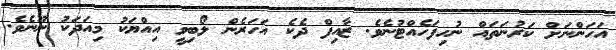
އަހަންނަށް ކަރުނަތައް ނުހިފަހެއްޓުނެވެ. ޒާއިފް ދެކެ އަހަރެން ލޯބިވީ އިއްޔަކު މިއަދަކު ނޫނެވެ.